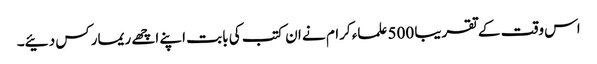
اس وقت کے تقریبا 500 علماء کرام نے ان کتب کی بابت اپنے اچھے ریمارکس دئیے۔